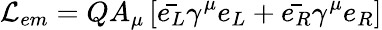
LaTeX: {\cal{L}}_{em}=QA_{\mu}\left[\bar{e_{L}}\gamma^{\mu}e_{L}+\bar{e_{R}}\gamma^{\mu}e_{R}\right]